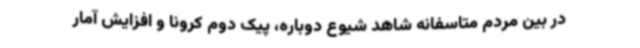
در بین مردم متاسفانه شاهد شیوع دوباره، پیک دوم کرونا و افزایش آمار